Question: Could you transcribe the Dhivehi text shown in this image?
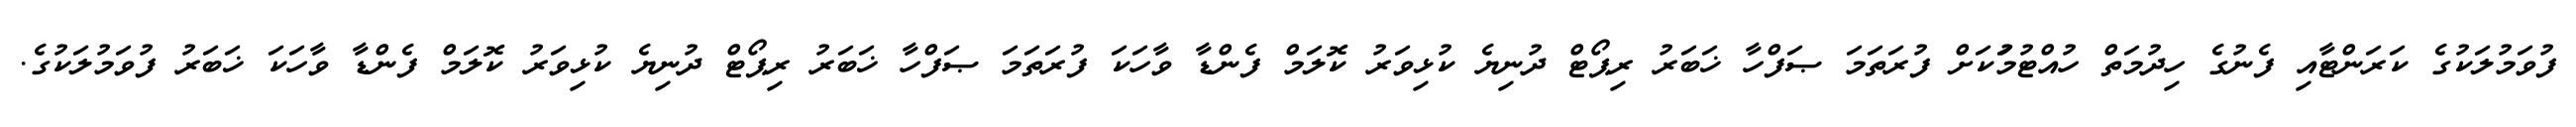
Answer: ފުވަމުލަކުގެ ކަރަންޓާއި ފެނުގެ ހިދުމަތް ހުއްޓުމުަކަށް ފުރަތަމަ ޞަފްހާ ޚަބަރު ރިޕޯޓް ދުނިޔެ ކުޅިވަރު ކޮލަމް ފެންޑާ ވާހަކަ ފުރަތަމަ ޞަފްހާ ޚަބަރު ރިޕޯޓް ދުނިޔެ ކުޅިވަރު ކޮލަމް ފެންޑާ ވާހަކަ ޚަބަރު ފުވަމުލަކުގެ.